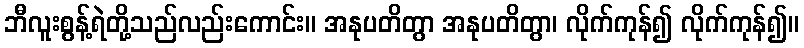
ဘီလူးစွန့်ရဲတို့သည်လည်းကောင်း။ အနုပတိတွာ အနုပတိတွာ၊ လိုက်ကုန်၍ လိုက်ကုန်၍။